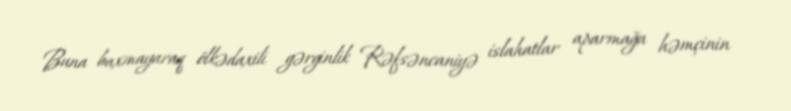
Buna baxmayaraq ölkədaxili gərginlik Rəfsəncaniyə islahatlar aparmağa həmçinin